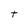
Character: t